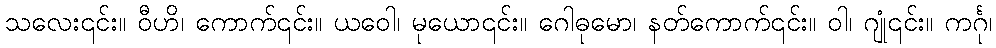
သလေး၎င်း။ ဝီဟိ၊ ကောက်၎င်း။ ယဝေါ၊ မုယော၎င်း။ ဂေါဓုမော၊ နတ်ကောက်၎င်း။ ဝါ၊ ဂျုံ၎င်း။ ကင်္ဂု၊